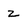
Character: z